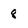
Character: 8